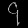
Digit: ၄